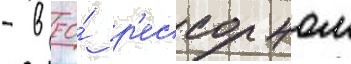
- в ео́ р'ессорном